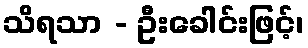
သိရသာ - ဦးခေါင်းဖြင့်၊